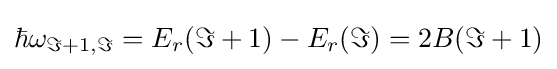
\hbar {{\omega }_{\Im +1,\Im }}={{E}_{r}}(\Im +1)-{{E}_{r}}(\Im )=2B(\Im +1)